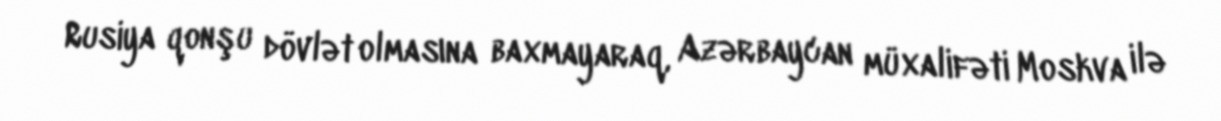
Rusiya qonşu dövlət olmasına baxmayaraq, Azərbaycan müxalifəti Moskva ilə